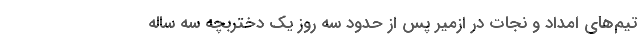
تیم‌های امداد و نجات در ازمیر پس از حدود سه روز یک دختربچه سه ساله